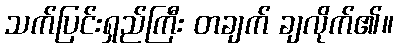
သက်ပြင်းရှည်ကြီး တချက် ချလိုက်၏။